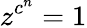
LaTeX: z^{c^{n}}=1